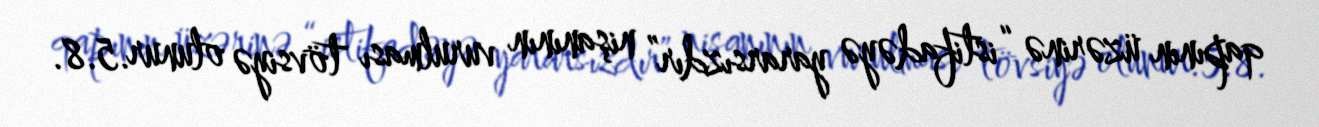
qapının üzərinə “istifadəyə yararsızdır” nişanının vurulması tövsiyə olunur.5.8.